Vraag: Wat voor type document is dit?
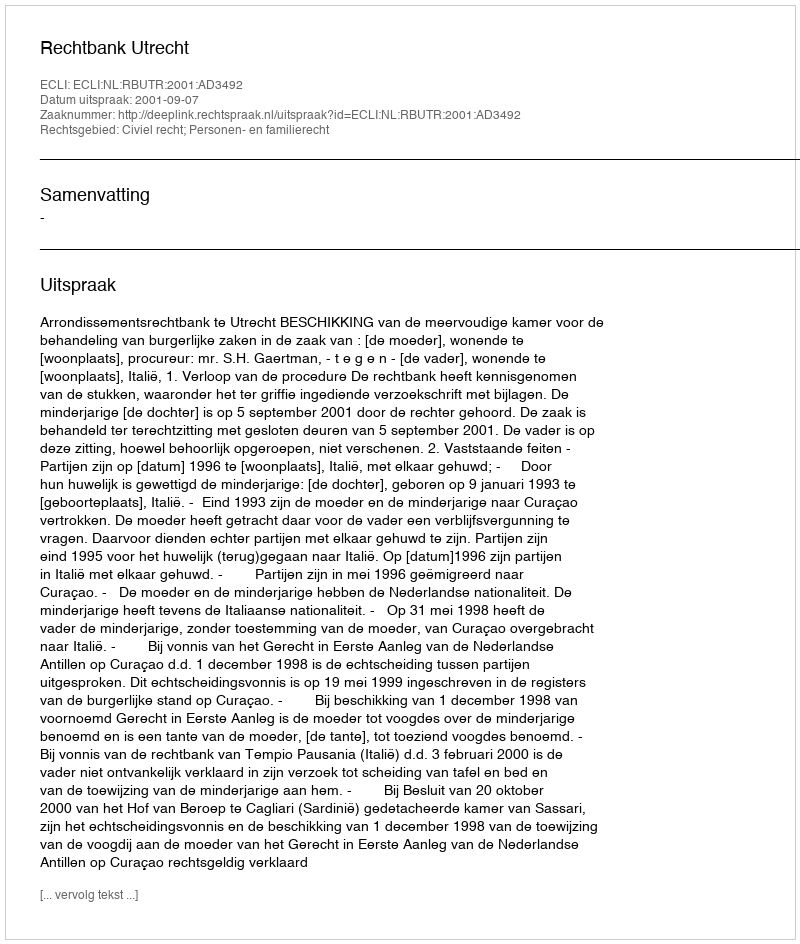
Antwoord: Uitspraak